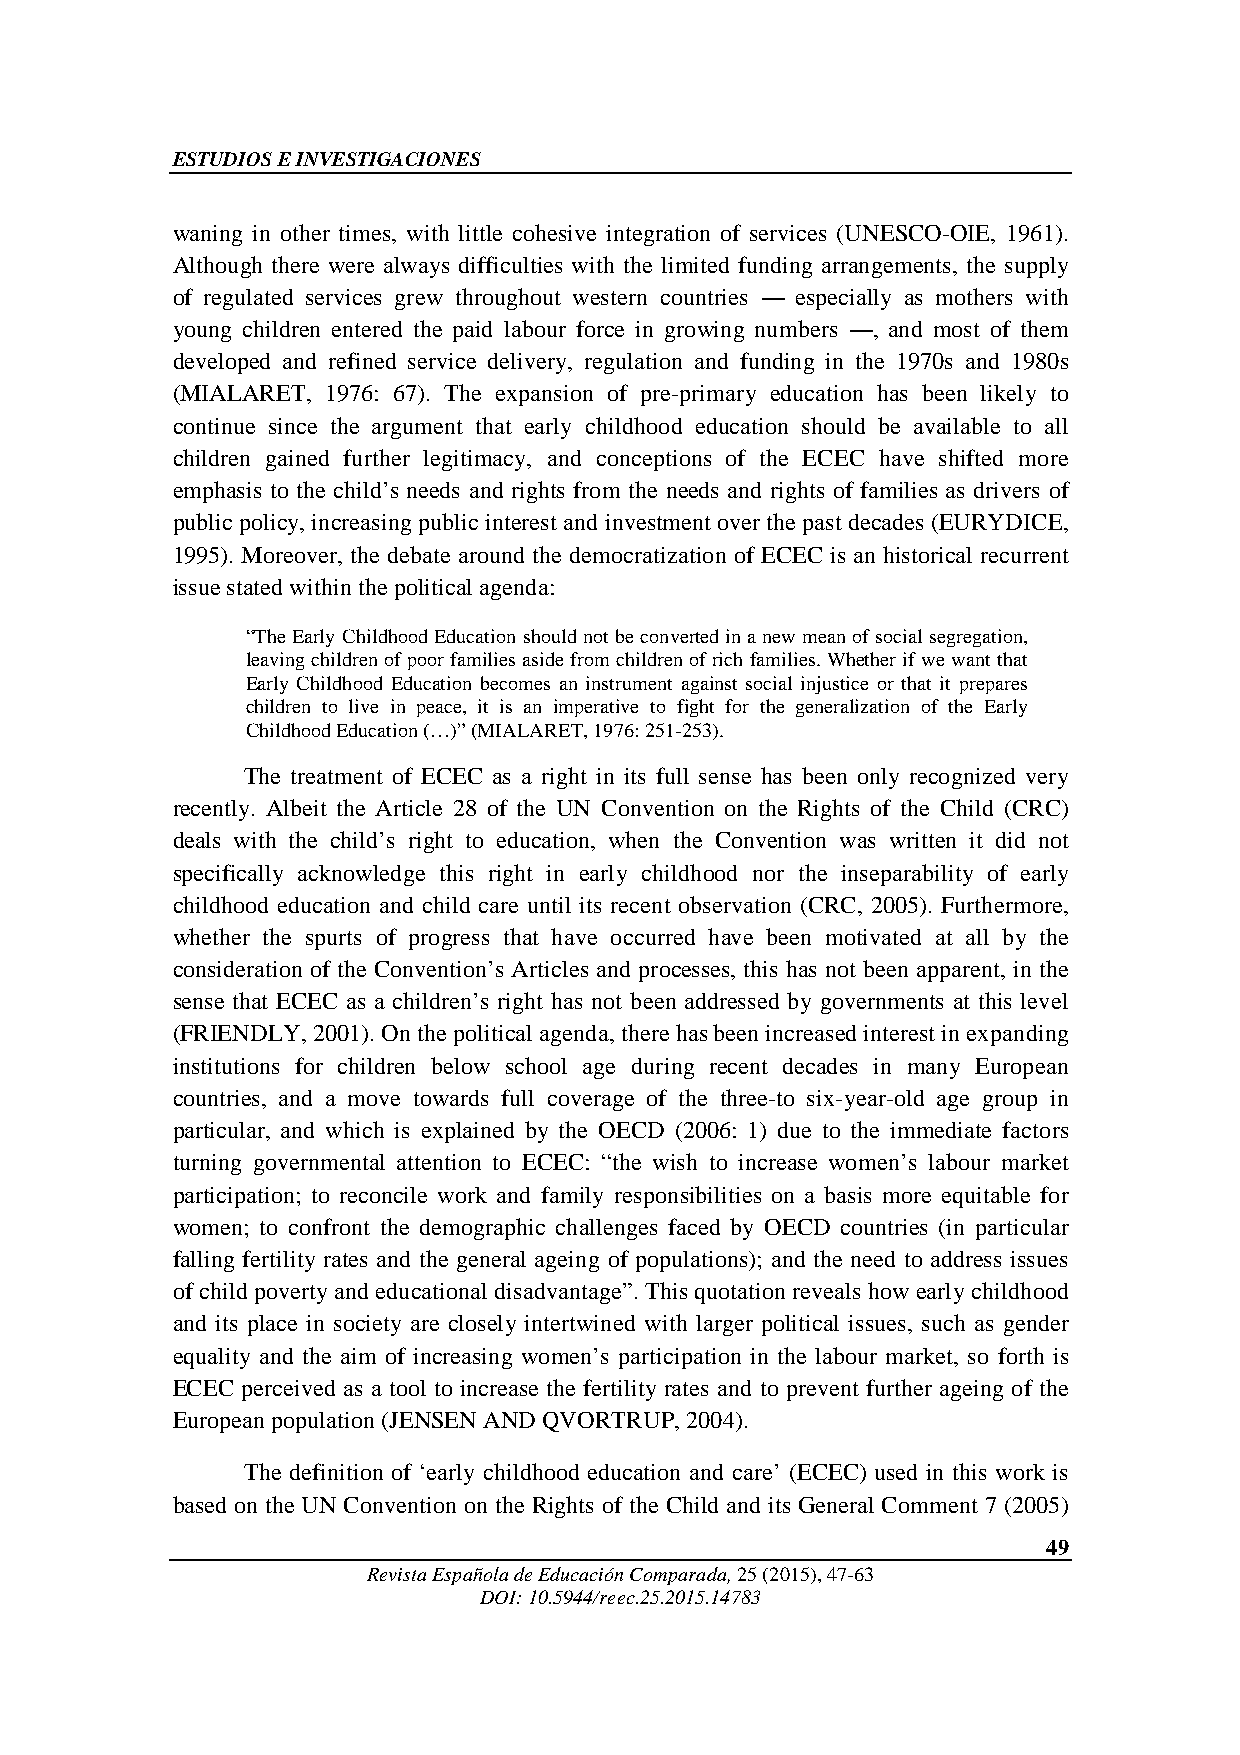
ESTUDIOS E INVESTIGACIONES
 waning in other times, with little cohesive integration of services (UNESCO-OIE, 1961).
 Although there were always difficulties with the limited funding arrangements, the supply
 of regulated services grew throughout western countries ― especially as mothers with
 young children entered the paid labour force in growing numbers ―, and most of them
 developed and refined service delivery, regulation and funding in the 1970s and 1980s
 (MIALARET, 1976: 67). The expansion of pre-primary education has been likely to
 continue since the argument that early childhood education should be available to all
 children gained further legitimacy, and conceptions of the ECEC have shifted more
 emphasis to the child’s needs and rights from the needs and rights of families as drivers of
 public policy, increasing public interest and investment over the past decades (EURYDICE,
 1995). Moreover, the debate around the democratization of ECEC is an historical recurrent
 issue stated within the political agenda:
 “The Early Childhood Education should not be converted in a new mean of social segregation,
 leaving children of poor families aside from children of rich families. Whether if we want that
 Early Childhood Education becomes an instrument against social injustice or that it prepares
 children to live in peace, it is an imperative to fight for the generalization of the Early
 Childhood Education (…)” (MIALARET, 1976: 251-253).
 The treatment of ECEC as a right in its full sense has been only recognized very
 recently. Albeit the Article 28 of the UN Convention on the Rights of the Child (CRC)
 deals with the child’s right to education, when the Convention was written it did not
 specifically acknowledge this right in early childhood nor the inseparability of early
 childhood education and child care until its recent observation (CRC, 2005). Furthermore,
 whether the spurts of progress that have occurred have been motivated at all by the
 consideration of the Convention’s Articles and processes, this has not been apparent, in the
 sense that ECEC as a children’s right has not been addressed by governments at this level
 (FRIENDLY, 2001). On the political agenda, there has been increased interest in expanding
 institutions for children below school age during recent decades in many European
 countries, and a move towards full coverage of the three-to six-year-old age group in
 particular, and which is explained by the OECD (2006: 1) due to the immediate factors
 turning governmental attention to ECEC: “the wish to increase women’s labour market
 participation; to reconcile work and family responsibilities on a basis more equitable for
 women; to confront the demographic challenges faced by OECD countries (in particular
 falling fertility rates and the general ageing of populations); and the need to address issues
 of child poverty and educational disadvantage”. This quotation reveals how early childhood
 and its place in society are closely intertwined with larger political issues, such as gender
 equality and the aim of increasing women’s participation in the labour market, so forth is
 ECEC perceived as a tool to increase the fertility rates and to prevent further ageing of the
 European population (JENSEN AND QVORTRUP, 2004).
 The definition of ‘early childhood education and care’ (ECEC) used in this work is
 based on the UN Convention on the Rights of the Child and its General Comment 7 (2005)
 49
 Revista Española de Educación Comparada, 25 (2015), 47-63
 DOI: 10.5944/reec.25.2015.14783